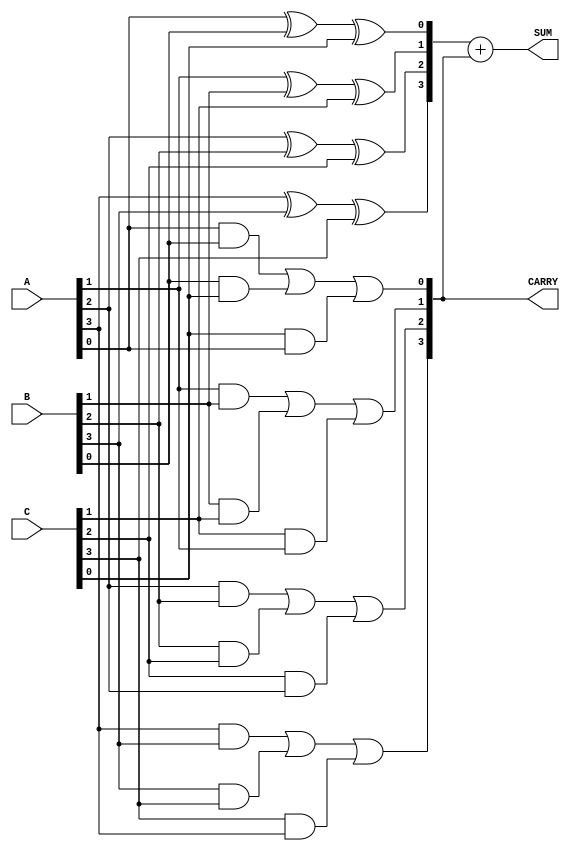
module carry_save_adder #(
    parameter N = 4  // Bit-width of inputs
)(
    input  [N-1:0] A,  // First input operand
    input  [N-1:0] B,  // Second input operand
    input  [N-1:0] C,  // Third input operand
    output [N:0] SUM,   // Resultant sum output (N+1 bits to accommodate carry)
    output [N-1:0] CARRY // Resultant carry output
);

    // Intermediate sums and carries
    wire [N-1:0] sum_temp;
    wire [N-1:0] carry_temp;

    // Generate full adders for each bit
    genvar i;
    generate
        for (i = 0; i < N; i = i + 1) begin : full_adder
            wire a_bit = A[i];
            wire b_bit = B[i];
            wire c_bit = C[i];

            // Full adder logic
            assign sum_temp[i] = a_bit ^ b_bit ^ c_bit; // Sum bit
            assign carry_temp[i] = (a_bit & b_bit) | (b_bit & c_bit) | (c_bit & a_bit); // Carry bit
        end
    endgenerate

    // Final carry propagation stage
    wire [N:0] final_sum;
    wire [N-1:0] final_carry;

    // Combine intermediate sums and carries
    assign final_sum = sum_temp + {1'b0, carry_temp}; // Adding the carry to the sum
    assign SUM = final_sum;
    assign CARRY = carry_temp;

endmodule